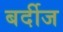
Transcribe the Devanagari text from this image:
बर्दीज